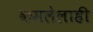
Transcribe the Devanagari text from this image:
कमलेलाही